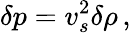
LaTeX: \delta p=v_{s}^{2}\delta\rho\, ,